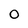
Character: 0